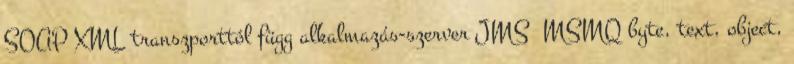
SOAP XML transzporttól függ alkalmazás-szerver JMS MSMQ byte, text, object,